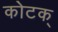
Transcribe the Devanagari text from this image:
कोटक्